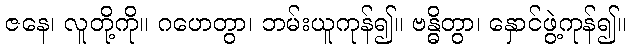
ဇနေ၊ လူတို့ကို။ ဂဟေတွာ၊ ဘမ်းယူကုန်၍။ ဗန္ဓိတွာ၊ နှောင်ဖွဲ့ကုန်၍။